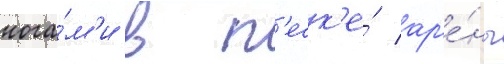
нога́м'и в п'еск'е́ ар'е́ны